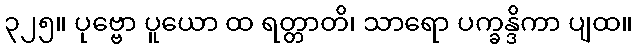
၃၂၅။ ပုဗ္ဗော ပူယော ထ ရတ္တာတိ၊ သာရော ပက္ခန္ဒိကာ ပျထ။